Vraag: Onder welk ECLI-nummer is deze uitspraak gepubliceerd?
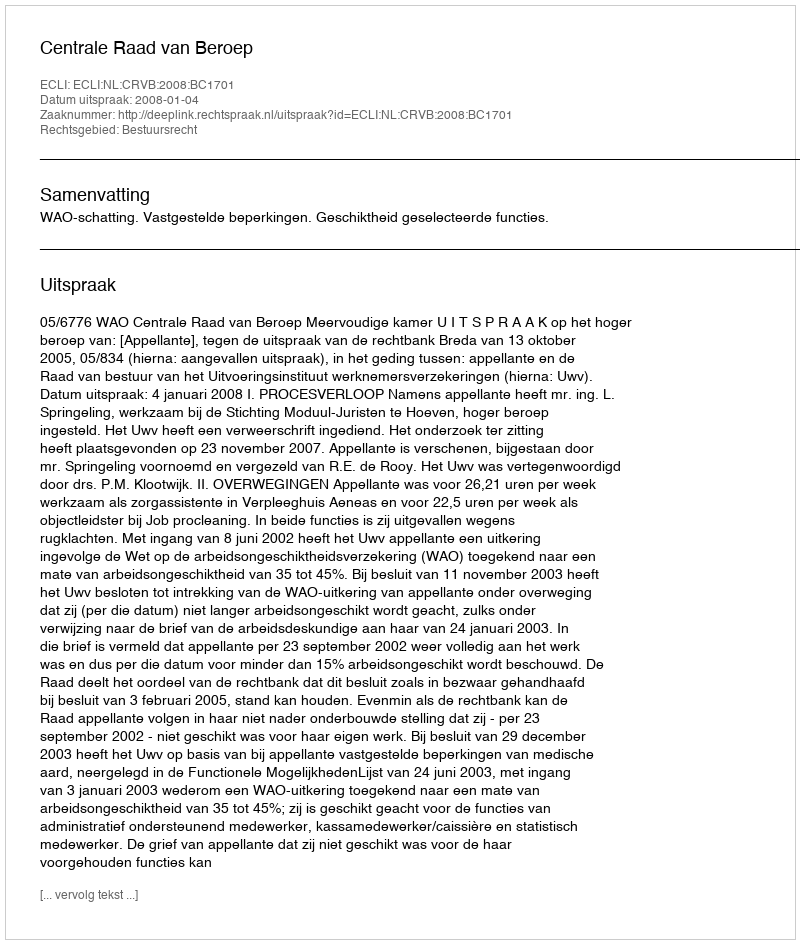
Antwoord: ECLI:NL:CRVB:2008:BC1701